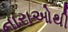
નારાઓથી